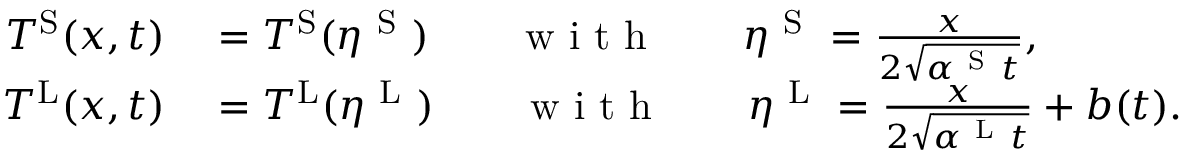
\begin{array} { r l } { T ^ { \mathrm { S } } ( x , t ) } & { { } = T ^ { \mathrm { S } } ( \eta ^ { \mathrm { ~ S ~ } } ) \qquad \mathrm { ~ w ~ i ~ t ~ h ~ } \qquad \eta ^ { \mathrm { ~ S ~ } } = \frac { x } { 2 \sqrt { \alpha ^ { \mathrm { ~ S ~ } } t } } , } \\ { T ^ { \mathrm { L } } ( x , t ) } & { { } = T ^ { \mathrm { L } } ( \eta ^ { \mathrm { ~ L ~ } } ) \qquad \mathrm { ~ w ~ i ~ t ~ h ~ } \qquad \eta ^ { \mathrm { ~ L ~ } } = \frac { x } { 2 \sqrt { \alpha ^ { \mathrm { ~ L ~ } } t } } + b ( t ) . } \end{array}